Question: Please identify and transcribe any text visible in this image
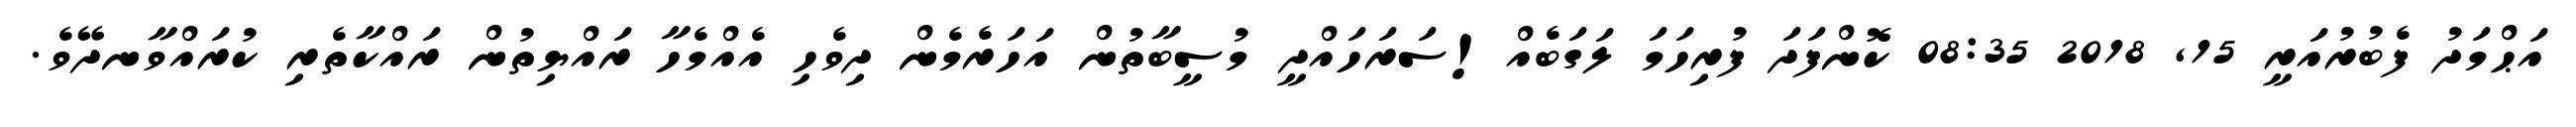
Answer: އަޙްމަދު ފެބުރުއަރީ 15, 2018 08:35 ކޮންފަދަ ފުރިހަމަ ލަގަބެއް!ސަރަހައްދީ މުސީބާތުން އަހަރެމެން ދިވެހި އެއްމެހާ ރައްޔިތުން ރައްކާތެރި ކުރައްވާނދޭވެ.